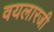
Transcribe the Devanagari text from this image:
वयलारजी